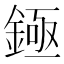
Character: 𬫡